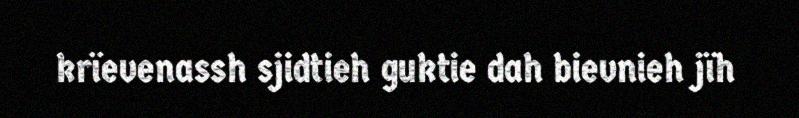
krïevenassh sjidtieh guktie dah bievnieh jïh